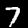
Digit: 7